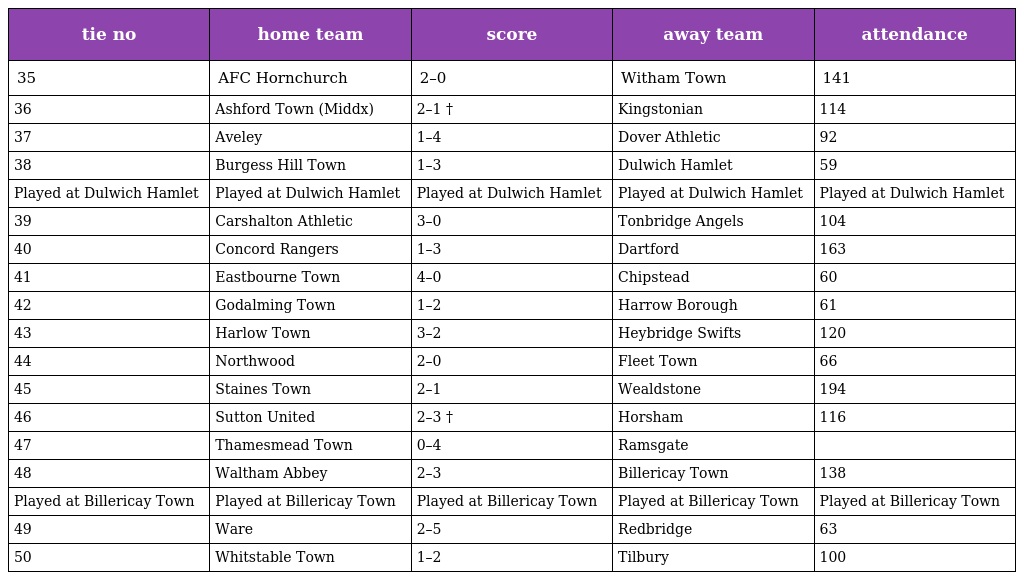
| tie no | home team | score | away team | attendance |
 | --- | --- | --- | --- | --- |
 | 35 | AFC Hornchurch | 2–0 | Witham Town | 141 |
 | 36 | Ashford Town (Middx) | 2–1 † | Kingstonian | 114 |
 | 37 | Aveley | 1–4 | Dover Athletic | 92 |
 | 38 | Burgess Hill Town | 1–3 | Dulwich Hamlet | 59 |
 | Played at Dulwich Hamlet | Played at Dulwich Hamlet | Played at Dulwich Hamlet | Played at Dulwich Hamlet | Played at Dulwich Hamlet |
 | 39 | Carshalton Athletic | 3–0 | Tonbridge Angels | 104 |
 | 40 | Concord Rangers | 1–3 | Dartford | 163 |
 | 41 | Eastbourne Town | 4–0 | Chipstead | 60 |
 | 42 | Godalming Town | 1–2 | Harrow Borough | 61 |
 | 43 | Harlow Town | 3–2 | Heybridge Swifts | 120 |
 | 44 | Northwood | 2–0 | Fleet Town | 66 |
 | 45 | Staines Town | 2–1 | Wealdstone | 194 |
 | 46 | Sutton United | 2–3 † | Horsham | 116 |
 | 47 | Thamesmead Town | 0–4 | Ramsgate |  |
 | 48 | Waltham Abbey | 2–3 | Billericay Town | 138 |
 | Played at Billericay Town | Played at Billericay Town | Played at Billericay Town | Played at Billericay Town | Played at Billericay Town |
 | 49 | Ware | 2–5 | Redbridge | 63 |
 | 50 | Whitstable Town | 1–2 | Tilbury | 100 |